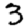
Digit: 3